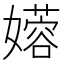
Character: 𫲇